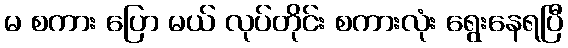
မ စကား ပြော မယ် လုပ်တိုင်း စကားလုံး ရွေးနေရပြီ